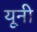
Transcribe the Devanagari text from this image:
यूनी